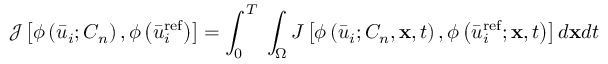
\mathcal { J } \left[ { \phi \left( { { { \bar { u } } _ { i } { ; { C _ { n } } } } } \right) , \phi \left( { \bar { u } _ { i } ^ { \mathrm { { r e f } } } } \right) } \right] = \int _ { 0 } ^ { T } \; { \int _ { \Omega } { J \left[ { \phi \left( { { { \bar { u } } _ { i } } ; { C _ { n } } , { \bf { x } } , t } \right) , \phi \left( { \bar { u } _ { i } ^ { \mathrm { r e f } } ; { \bf { x } } , t } \right) } \right] d { \bf { x } } d t } }